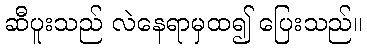
ဆီပူးသည် လဲနေရာမှထ၍ ပြေးသည်။